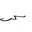
Letter: _sin